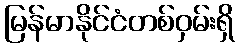
မြန်မာနိုင်ငံတစ်ဝှမ်းရှိ